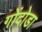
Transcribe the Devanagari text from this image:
गोंदोडा